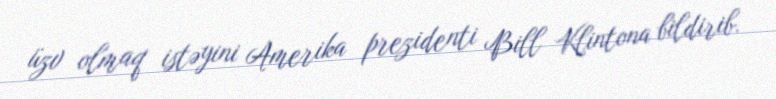
üzv olmaq istəyini Amerika prezidenti Bill Klintona bildirib.